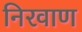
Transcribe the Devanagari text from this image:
निरवाण